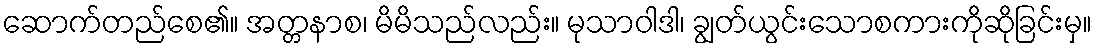
ဆောက်တည်စေ၏။ အတ္တနာစ၊ မိမိသည်လည်း။ မုသာဝါဒါ၊ ချွတ်ယွင်းသောစကားကိုဆိုခြင်းမှ။